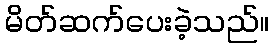
မိတ်ဆက်ပေးခဲ့သည်။